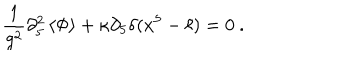
LaTeX: { \frac { 1 } { g ^ { 2 } } } \partial _ { 5 } ^ { 2 } \left\langle { \Phi } \right\rangle + \kappa \partial _ { 5 } \delta ( x ^ { 5 } - \ell ) = 0 \ .